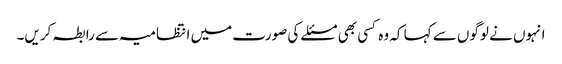
انہوں نے لوگوں سے کہا کہ وہ کسی بھی مسئلے کی صورت میں انتظامیہ سے رابطہ کریں۔